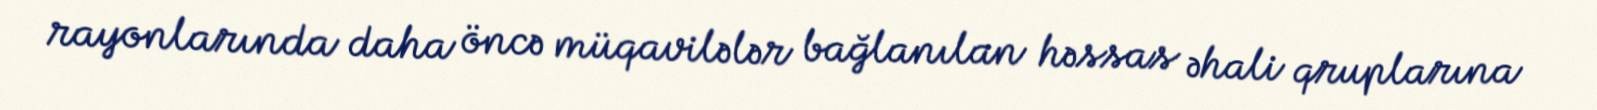
rayonlarında daha öncə müqavilələr bağlanılan həssas əhali qruplarına